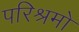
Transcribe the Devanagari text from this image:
परिश्रमो